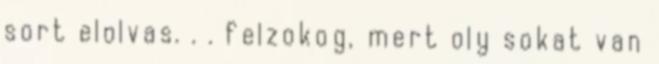
sort elolvas. . . felzokog, mert oly sokat van